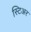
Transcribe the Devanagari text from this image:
स्टिअर